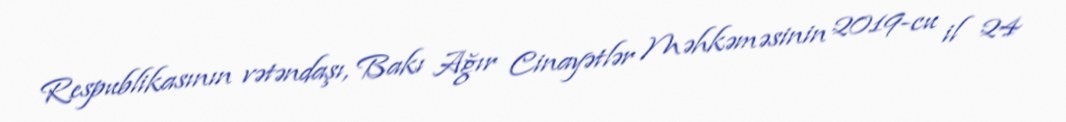
Respublikasının vətəndaşı, Bakı Ağır Cinayətlər Məhkəməsinin 2019-cu il 24